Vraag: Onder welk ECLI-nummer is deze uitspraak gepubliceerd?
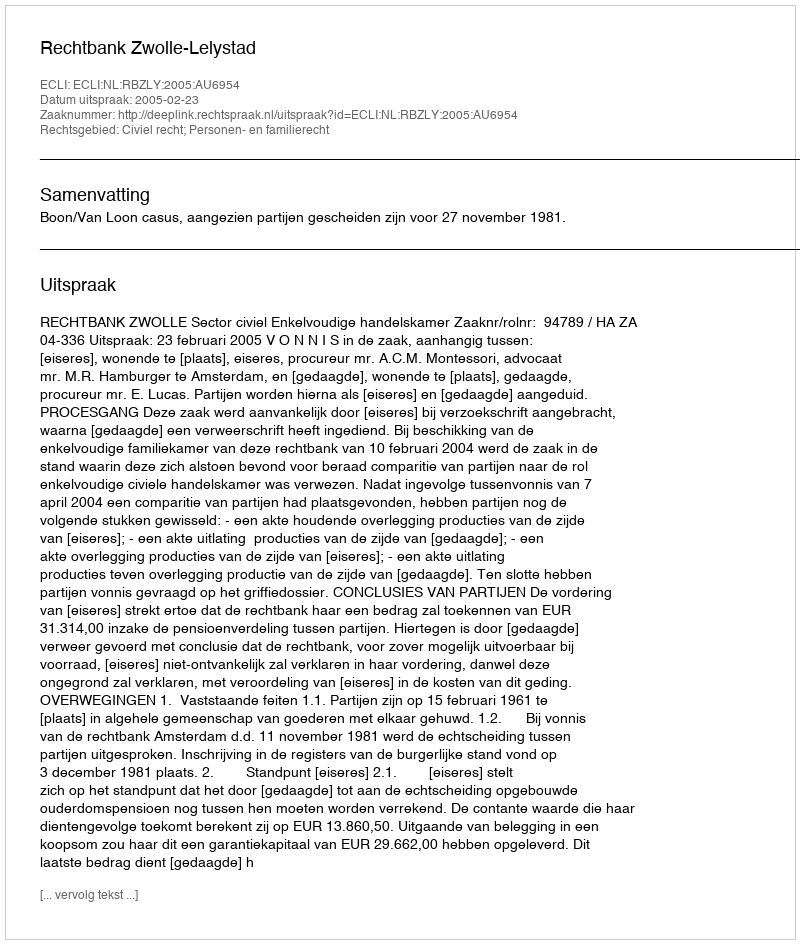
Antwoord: ECLI:NL:RBZLY:2005:AU6954